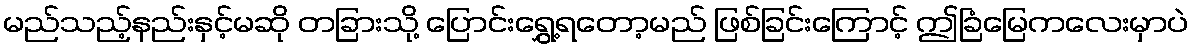
မည်သည့်နည်းနှင့်မဆို တခြားသို့ ပြောင်းရွှေ့ရတော့မည် ဖြစ်ခြင်းကြောင့် ဤခြံမြေကလေးမှာပဲ